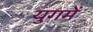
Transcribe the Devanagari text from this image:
युगमें